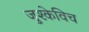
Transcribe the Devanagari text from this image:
जुश्केविच